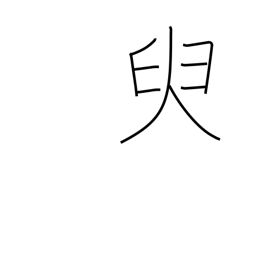
Meaning: a little while